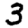
Digit: 3